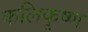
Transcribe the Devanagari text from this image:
कलिकृष्ण